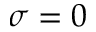
\sigma = 0